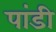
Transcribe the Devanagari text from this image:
पांडी